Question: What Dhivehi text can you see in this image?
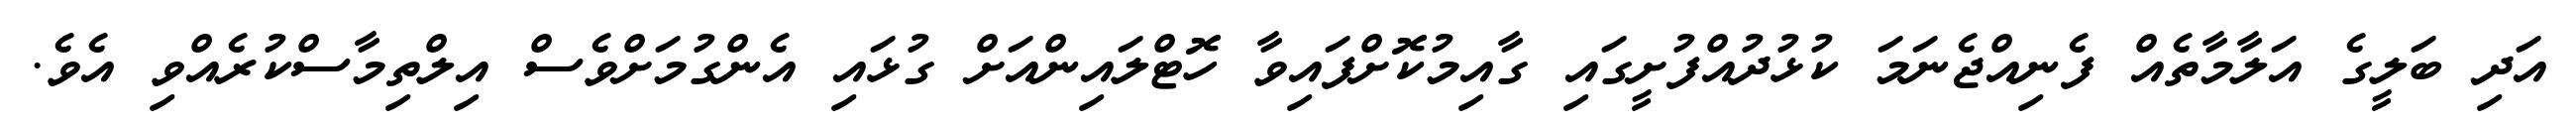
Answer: އަދި ބަލީގެ އަލާމާތެއް ފެނިއްޖެނަމަ ކުޅުދުއްފުށީގައި ގާއިމުކޮށްފައިވާ ހޮޓްލައިންއަށް ގުޅައި އެންގުމަށްވެސް އިލްތިމާސްކުރެއްވި އެވެ.